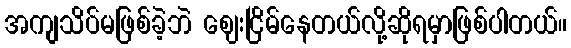
အကျသိပ်မဖြစ်ခဲ့ဘဲ ဈေးငြိမ်နေတယ်လို့ဆိုရမှာဖြစ်ပါတယ်။